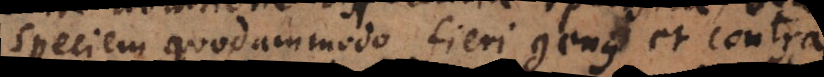
speciem quodammodo fieri genus et contra,